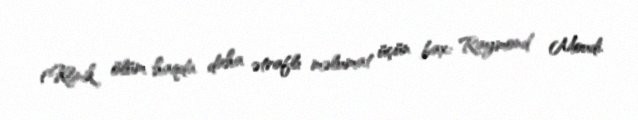
(Klinik ölüm haqda daha ətraflı məlumat üçün bax: Raymond Moudi.